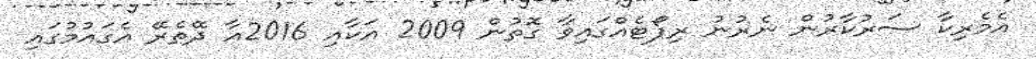
އެމެރިކާ ސަރުކާރުން ނެރުނު ރިޕޯޓެއްގައިވާ ގޮތުން 2009 އަކާއި 2016އާ ދޭތެރޭ އެގައުމުގައި